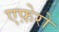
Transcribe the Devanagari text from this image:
एफ़ेरो